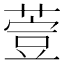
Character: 𦷳